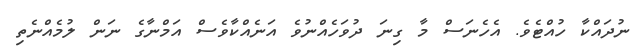
ނުދައްކާ ހުއްޓެވެ. އެހެނަސް މާ ގިނަ ދުވަހެއްނުވެ އަނެއްކާވެސް އަމްނާގެ ނަން ލުމެއްނެތި